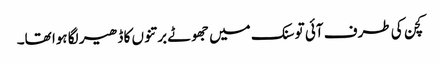
کچن کی طرف آئی تو سنک میں جھوٹے برتنوں کا ڈھیر لگا ہوا تھا۔